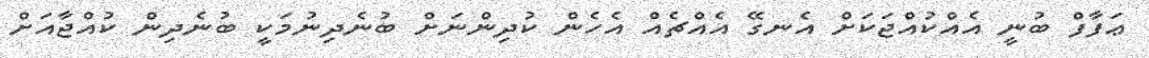
ޢަފާފް ބުނީ އެއްކުއްޖަކަށް އެނގޭ އެއްޗެއް އެހެން ކުދިންނަށް ބުނެދިނުމަކީ ބުނެދިން ކުއްޖާއަށް